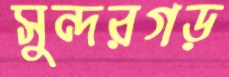
সুন্দরগড়